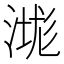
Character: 㴳